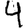
Digit: 4